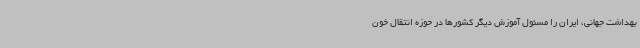
بهداشت جهانی، ایران را مسئول آموزش دیگر کشورها در حوزه انتقال خون